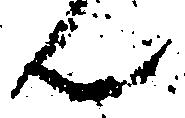
ん